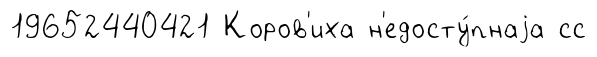
19652440421 Коров'иха н'едосту́пнаjа сс